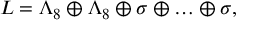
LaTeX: L = \Lambda _ { 8 } \oplus \Lambda _ { 8 } \oplus \sigma \oplus \ldots \oplus \sigma ,